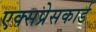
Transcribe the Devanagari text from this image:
एक्सप्रेसकार्ड